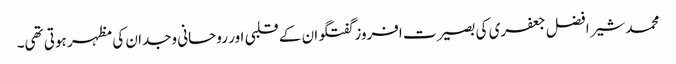
محمد شیر افضل جعفری کی بصیرت افروز گفتگو ان کے قلبی اور روحانی وجدان کی مظہر ہوتی تھی۔